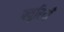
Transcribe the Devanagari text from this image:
फ्युरियाँ